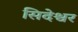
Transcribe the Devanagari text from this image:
सिदेश्वर